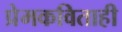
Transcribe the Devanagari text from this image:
प्रेमकविताही